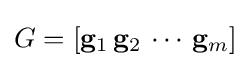
G=[\mathbf {g} _{1}\,\mathbf {g} _{2}\,\cdots \,\mathbf {g} _{m}]